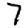
Digit: 7